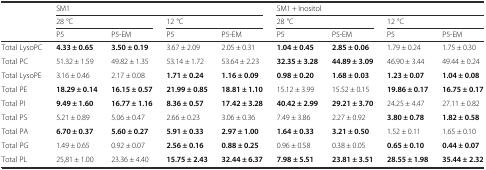
<table><thead><tr><td></td><td colspan="4"><b>SM1</b></td><td colspan="4"><b>SM1 + Inositol</b></td></tr><tr><td></td><td colspan="2"><b>28 °C</b></td><td colspan="2"><b>12 °C</b></td><td colspan="2"><b>28 °C</b></td><td colspan="2"><b>12 °C</b></td></tr><tr><td></td><td><b>P5</b></td><td><b>P5-EM</b></td><td><b>P5</b></td><td><b>P5-EM</b></td><td><b>P5</b></td><td><b>P5-EM</b></td><td><b>P5</b></td><td><b>P5-EM</b></td></tr></thead><tbody><tr><td>Total LysoPC</td><td><b>4.33 ± 0.65</b></td><td><b>3.50 ± 0.19</b></td><td>3.67 ± 2.09</td><td>2.05 ± 0.31</td><td><b>1.04 ± 0.45</b></td><td><b>2.85 ± 0.06</b></td><td>1.79 ± 0.24</td><td>1.75 ± 0.30</td></tr><tr><td>Total PC</td><td>51.32 ± 1.59</td><td>49.82 ± 1.35</td><td>53.14 ± 1.72</td><td>53.64 ± 2.23</td><td><b>32.35 ± 3.28</b></td><td><b>44.89 ± 3.09</b></td><td>46.90 ± 3.44</td><td>49.44 ± 0.24</td></tr><tr><td>Total LysoPE</td><td>3.16 ± 0.46</td><td>2.17 ± 0.08</td><td><b>1.71 ± 0.24</b></td><td><b>1.16 ± 0.09</b></td><td><b>0.98 ± 0.20</b></td><td><b>1.68 ± 0.03</b></td><td><b>1.23 ± 0.07</b></td><td><b>1.04 ± 0.08</b></td></tr><tr><td>Total PE</td><td><b>18.29 ± 0.14</b></td><td><b>16.15 ± 0.57</b></td><td><b>21.99 ± 0.85</b></td><td><b>18.81 ± 1.10</b></td><td>15.12 ± 3.99</td><td>15.52 ± 0.15</td><td><b>19.86 ± 0.17</b></td><td><b>16.75 ± 0.17</b></td></tr><tr><td>Total PI</td><td><b>9.49 ± 1.60</b></td><td><b>16.77 ± 1.16</b></td><td><b>8.36 ± 0.57</b></td><td><b>17.42 ± 3.28</b></td><td><b>40.42 ± 2.99</b></td><td><b>29.21 ± 3.70</b></td><td>24.25 ± 4.47</td><td>27.11 ± 0.82</td></tr><tr><td>Total PS</td><td>5.21 ± 0.89</td><td>5.06 ± 0.47</td><td>2.66 ± 0.23</td><td>3.06 ± 0.36</td><td>7.49 ± 3.86</td><td>2.27 ± 0.92</td><td><b>3.80 ± 0.78</b></td><td><b>1.82 ± 0.58</b></td></tr><tr><td>Total PA</td><td><b>6.70 ± 0.37</b></td><td><b>5.60 ± 0.27</b></td><td><b>5.91 ± 0.33</b></td><td><b>2.97 ± 1.00</b></td><td><b>1.64 ± 0.33</b></td><td><b>3.21 ± 0.50</b></td><td>1.52 ± 0.11</td><td>1.65 ± 0.10</td></tr><tr><td>Total PG</td><td>1.49 ± 0.65</td><td>0.92 ± 0.07</td><td><b>2.56 ± 0.16</b></td><td><b>0.88 ± 0.25</b></td><td>0.96 ± 0.58</td><td>0.38 ± 0.05</td><td><b>0.65 ± 0.10</b></td><td><b>0.44 ± 0.07</b></td></tr><tr><td>Total PL</td><td>25,81 ± 1.00</td><td>23.36 ± 4.40</td><td><b>15.75 ± 2.43</b></td><td><b>32.44 ± 6.37</b></td><td><b>7.98 ± 5.51</b></td><td><b>23.81 ± 3.51</b></td><td><b>28.55 ± 1.98</b></td><td><b>35.44 ± 2.32</b></td></tr></tbody></table>